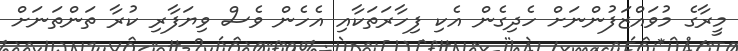
މީރާގެ މުވައްޒަފުންނަށް ހެދިގެން އެކި ފިހާރަތަކާއި އެހެން ވެސް ވިޔަފާރި ކުރާ ތަންތަނަށް